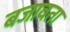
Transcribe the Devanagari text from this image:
बजावता